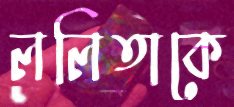
ললিতাকে